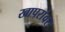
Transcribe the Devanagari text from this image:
खापरांवर